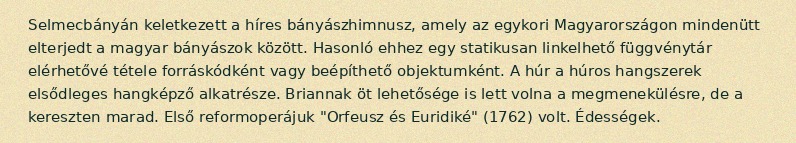
Selmecbányán keletkezett a híres bányászhimnusz, amely az egykori Magyarországon mindenütt elterjedt a magyar bányászok között. Hasonló ehhez egy statikusan linkelhető függvénytár elérhetővé tétele forráskódként vagy beépíthető objektumként. A húr a húros hangszerek elsődleges hangképző alkatrésze. Briannak öt lehetősége is lett volna a megmenekülésre, de a kereszten marad. Első reformoperájuk "Orfeusz és Euridiké" (1762) volt. Édességek.